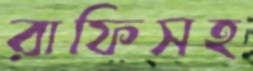
রাফিসহ